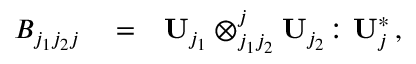
\begin{array} { r l r } { B _ { j _ { 1 } j _ { 2 } j } } & { { } = } & { { \bf U } _ { j _ { 1 } } \otimes _ { j _ { 1 } j _ { 2 } } ^ { j } { \bf U } _ { j _ { 2 } } \colon { \bf U } _ { j } ^ { * } \, , } \end{array}